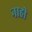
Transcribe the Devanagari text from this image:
नाहीे